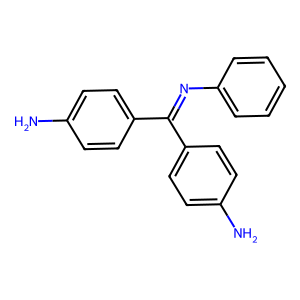
SMILES: Nc1ccc(C(=Nc2ccccc2)c2ccc(N)cc2)cc1
Inhibits HIV replication: No